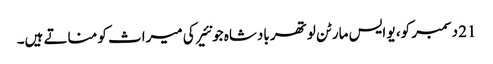
21 دسمبر کو، یو ایس مارٹن لوتھر بادشاہ جونئیر کی میراث کو مناتے ہیں۔